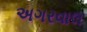
અગરવાલ